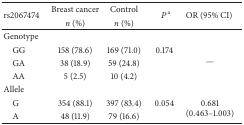
<table><thead><tr><td rowspan="2"><b>rs2067474</b></td><td><b>Breast cancer</b></td><td><b>Control</b></td><td rowspan="2"><b><i>P</i><sup>a</sup></b></td><td rowspan="2"><b>OR (95% CI)</b></td></tr><tr><td><b><i>n</i> (%)</b></td><td><b><i>n</i> (%)</b></td></tr></thead><tbody><tr><td>Genotype</td><td> </td><td> </td><td> </td><td> </td></tr><tr><td> GG</td><td>158 (78.6)</td><td>169 (71.0)</td><td>0.174</td><td rowspan="3">—</td></tr><tr><td> GA</td><td>38 (18.9)</td><td>59 (24.8)</td><td> </td></tr><tr><td> AA</td><td>5 (2.5)</td><td>10 (4.2)</td><td> </td></tr><tr><td>Allele</td><td> </td><td> </td><td> </td><td> </td></tr><tr><td> G</td><td>354 (88.1)</td><td>397 (83.4)</td><td>0.054</td><td rowspan="2">0.681 (0.463–1.003)</td></tr><tr><td> A</td><td>48 (11.9)</td><td>79 (16.6)</td><td> </td></tr></tbody></table>